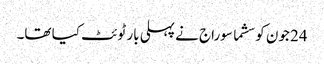
24 جون کو سشما سوراج نے پہلی بار ٹوئٹ کیا تھا۔